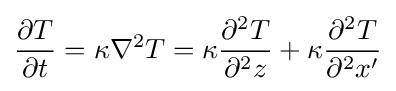
{\frac {\partial T}{\partial t}}=\kappa \nabla ^{2}T=\kappa {\frac {\partial ^{2}T}{\partial ^{2}z}}+\kappa {\frac {\partial ^{2}T}{\partial ^{2}x'}}